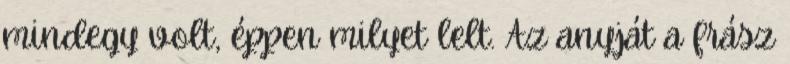
mindegy volt, éppen milyet lelt. Az anyját a frász